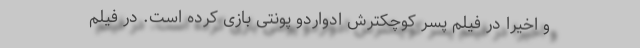
و اخیرا در فیلم پسر کوچکترش ادواردو پونتی بازی کرده است. در فیلم